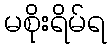
မစိုးရိမ်ရ